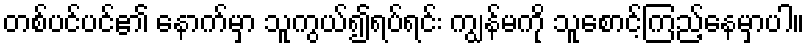
တစ်ပင်ပင်၏ နောက်မှာ သူကွယ်၍ရပ်ရင်း ကျွန်မကို သူစောင့်ကြည့်နေမှာပါ။